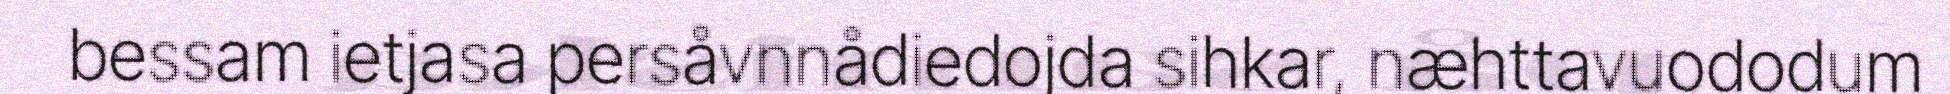
bessam ietjasa persåvnnådiedojda sihkar, næhttavuododum